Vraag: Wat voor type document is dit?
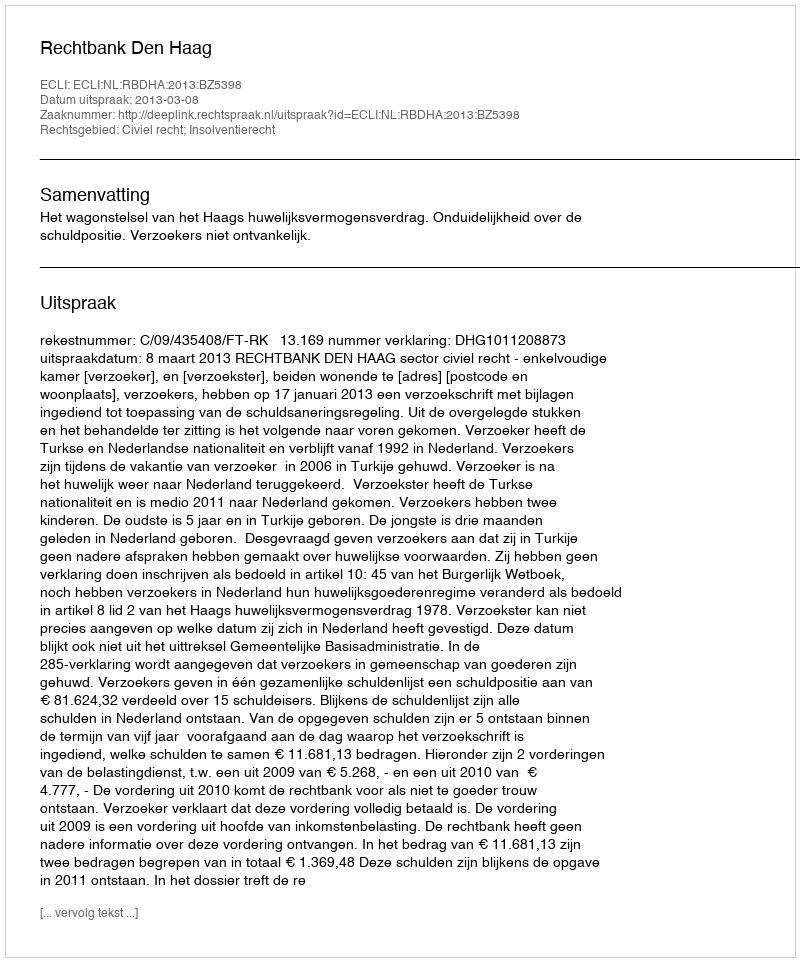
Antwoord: Uitspraak